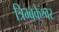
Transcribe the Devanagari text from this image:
त्रिम्बकेश्वर